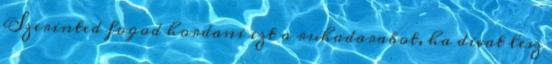
Szerinted fogod hordani ezt a ruhadarabot, ha divat lesz